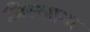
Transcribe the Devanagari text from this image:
जिल्लाना